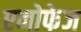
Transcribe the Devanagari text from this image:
एनोफेज